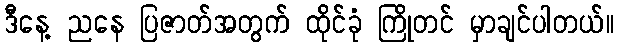
ဒီနေ့ ညနေ ပြဇာတ်အတွက် ထိုင်ခုံ ကြိုတင် မှာချင်ပါတယ်။